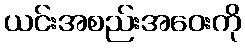
ယင်းအစည်းအဝေးကို